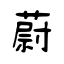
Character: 蔚